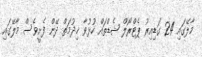
މާލޭގައި 24 ގަޑިއިރު ޕެޓްރޯލް ޝެޑްތައް ހުޅުވާ ޚިދުމަތް ދޭން ފެށީވެސް މާލޭގައި